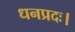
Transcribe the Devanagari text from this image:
धनप्रदः।